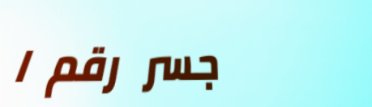
جسر رقم ١